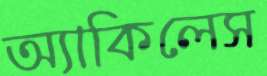
অ্যাকিলেস